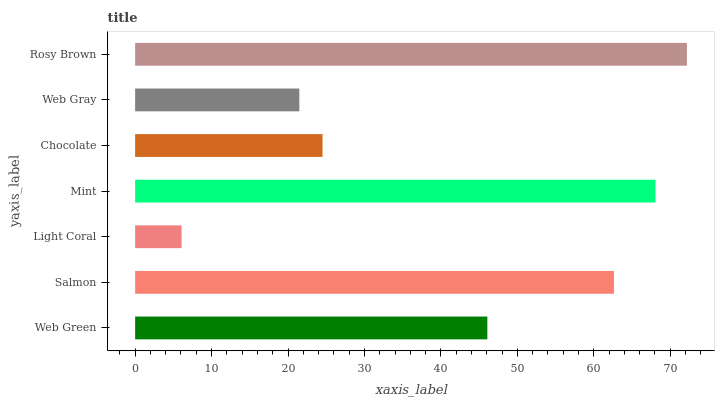
| yaxis_label | bars |
 | --- | --- |
 | Web Green | 46.1 |
 | Salmon | 62.6 |
 | Light Coral | 6.08 |
 | Mint | 68.1 |
 | Chocolate | 24.5 |
 | Web Gray | 21.5 |
 | Rosy Brown | 72.2 |